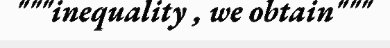
"""inequality , we obtain"""